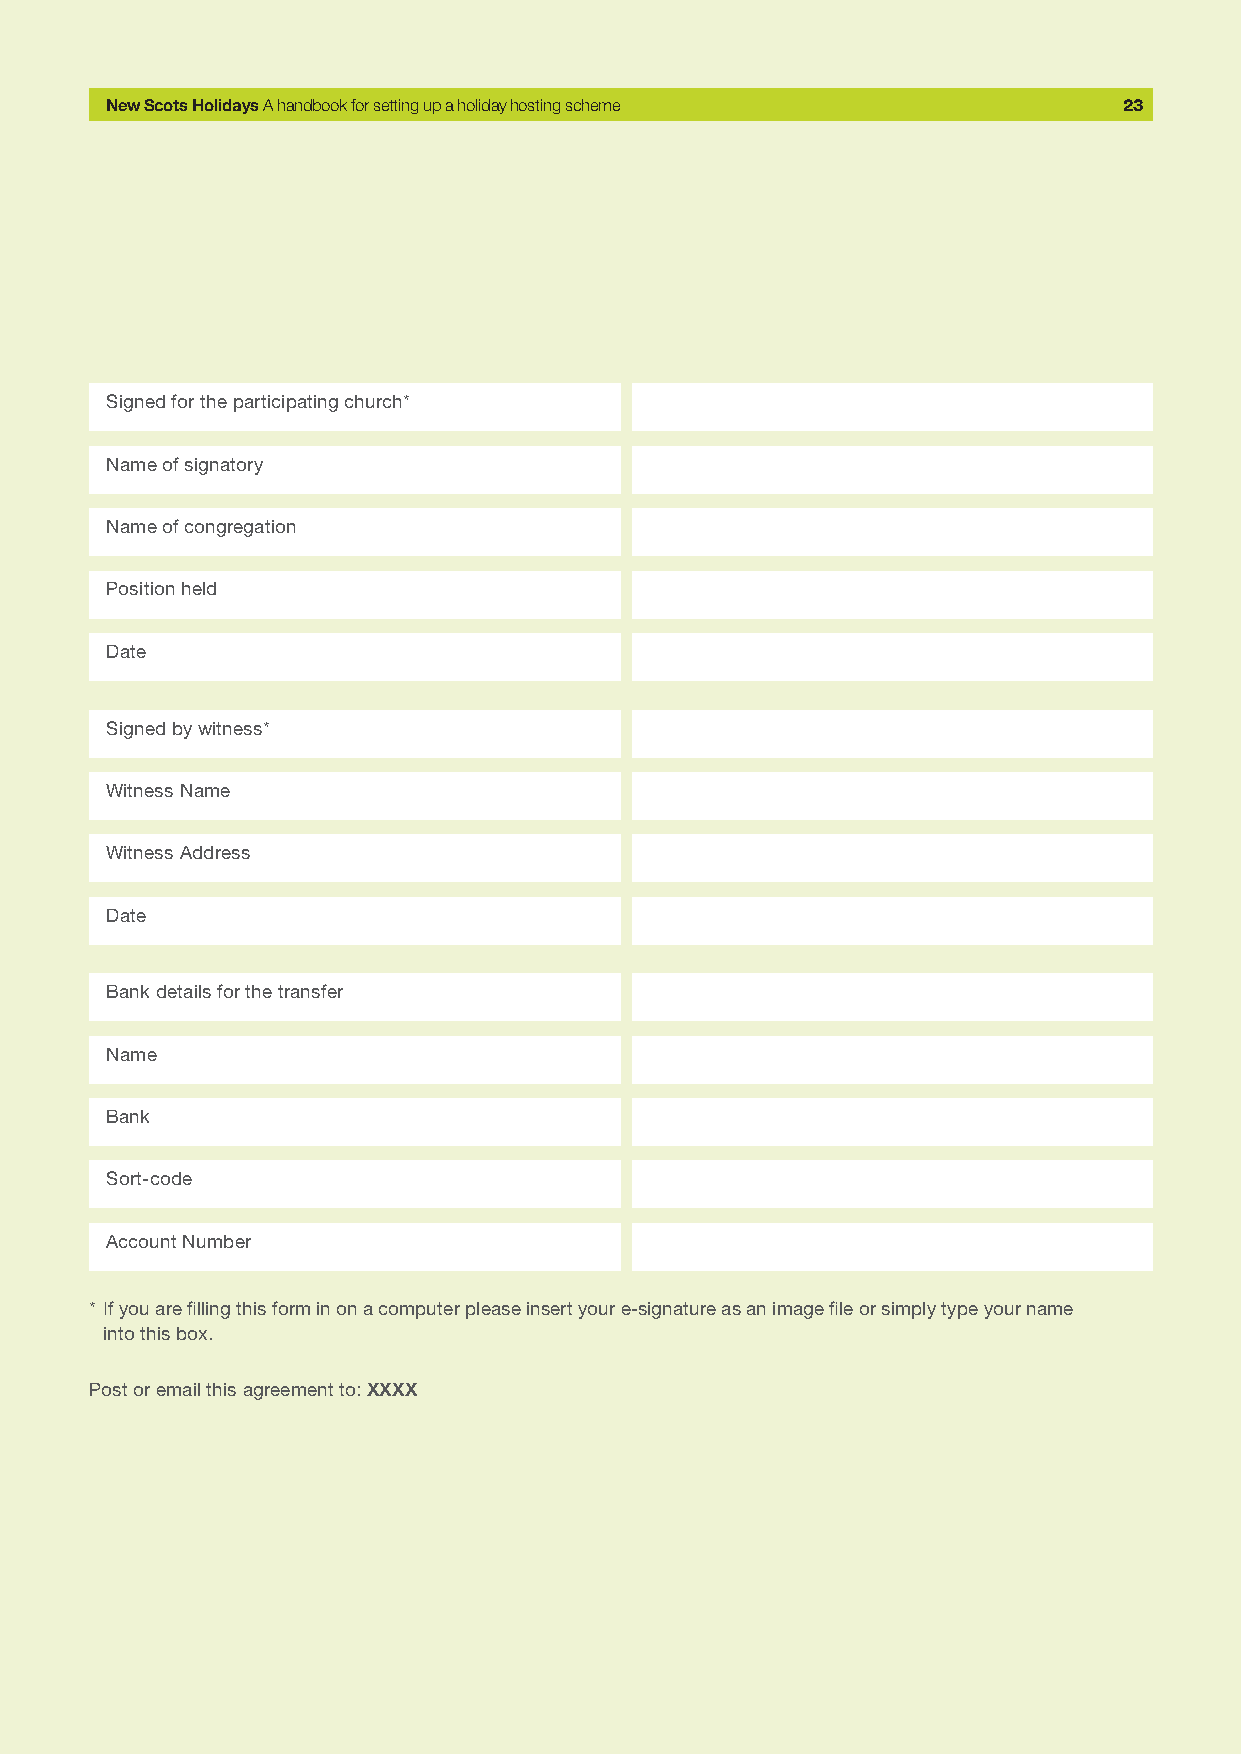
New Scots Holidays A handbook for setting up a holiday hosting scheme 23
 Signed for the participating church*
 Name of signatory
 Name of congregation
 Position held
 Date
 Signed by witness*
 Witness Name
 Witness Address
 Date
 Bank details for the transfer
 Name
 Bank
 Sort-code
 Account Number
 * If you are filling this form in on a computer please insert your e-signature as an image file or simply type your name
 into this box.
 Post or email this agreement to: XXXX